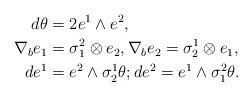
LaTeX: \begin{align*}d\theta &=2e^{1}\wedge e^{2}, \\\nabla _{b}e_{1} &=\sigma _{1}^{2}\otimes e_{2},\nabla_{b}e_{2}=\sigma _{2}^{1}\otimes e_{1}, \\de^{1} &=e^{2}\wedge \sigma _{2}^{1}\theta ;de^{2}=e^{1}\wedge \sigma _{1}^{2}\theta .\end{align*}